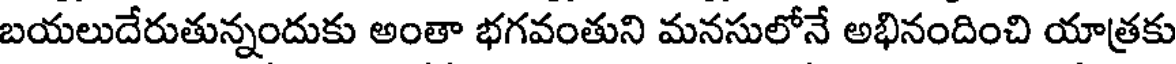
బయలుదేరుతున్నందుకు అంతా భగవంతుని మనసులోనే అభినందించి యాత్రకు